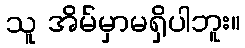
သူ အိမ်မှာမရှိပါဘူး။